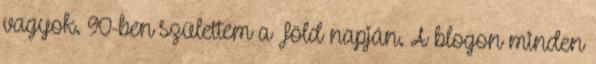
vagyok. 90-ben születtem a Föld napján. A blogon minden